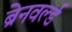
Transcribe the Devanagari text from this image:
ब्रेनवर्ल्ड